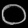
Digit: ၀